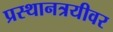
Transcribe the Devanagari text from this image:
प्रस्थानत्रयीवर